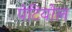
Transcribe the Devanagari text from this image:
पेटियोल